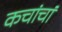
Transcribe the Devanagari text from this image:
कचांचां